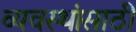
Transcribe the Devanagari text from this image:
व्यवस्थांसाठी